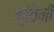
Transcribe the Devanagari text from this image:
क़्विनी